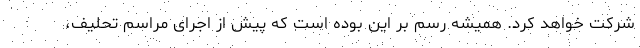
شرکت خواهد کرد. همیشه رسم بر این بوده است که پیش از اجرای مراسم تحلیف،